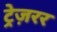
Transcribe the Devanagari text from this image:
ट्रेज़रर